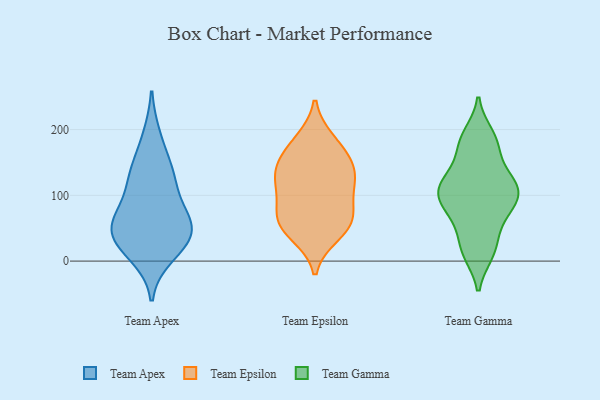
{"axis": {"x": "Revenue (USD Million)", "y": "Value"}, "legend": ["Team Apex", "Team Epsilon", "Team Gamma"], "data": [{"x": "", "y": 31, "type": "Team Apex"}, {"x": "", "y": 35, "type": "Team Apex"}, {"x": "", "y": 188, "type": "Team Apex"}, {"x": "", "y": 122, "type": "Team Apex"}, {"x": "", "y": 130, "type": "Team Apex"}, {"x": "", "y": 138, "type": "Team Apex"}, {"x": "", "y": 34, "type": "Team Apex"}, {"x": "", "y": 78, "type": "Team Apex"}, {"x": "", "y": 50, "type": "Team Apex"}, {"x": "", "y": 59, "type": "Team Apex"}, {"x": "", "y": 10, "type": "Team Apex"}, {"x": "", "y": 66, "type": "Team Apex"}, {"x": "", "y": 152, "type": "Team Epsilon"}, {"x": "", "y": 175, "type": "Team Epsilon"}, {"x": "", "y": 52, "type": "Team Epsilon"}, {"x": "", "y": 132, "type": "Team Epsilon"}, {"x": "", "y": 142, "type": "Team Epsilon"}, {"x": "", "y": 57, "type": "Team Epsilon"}, {"x": "", "y": 74, "type": "Team Epsilon"}, {"x": "", "y": 41, "type": "Team Epsilon"}, {"x": "", "y": 64, "type": "Team Epsilon"}, {"x": "", "y": 116, "type": "Team Epsilon"}, {"x": "", "y": 125, "type": "Team Epsilon"}, {"x": "", "y": 183, "type": "Team Epsilon"}, {"x": "", "y": 96, "type": "Team Epsilon"}, {"x": "", "y": 85, "type": "Team Gamma"}, {"x": "", "y": 183, "type": "Team Gamma"}, {"x": "", "y": 111, "type": "Team Gamma"}, {"x": "", "y": 134, "type": "Team Gamma"}, {"x": "", "y": 51, "type": "Team Gamma"}, {"x": "", "y": 83, "type": "Team Gamma"}, {"x": "", "y": 181, "type": "Team Gamma"}, {"x": "", "y": 12, "type": "Team Gamma"}, {"x": "", "y": 94, "type": "Team Gamma"}, {"x": "", "y": 125, "type": "Team Gamma"}, {"x": "", "y": 94, "type": "Team Gamma"}, {"x": "", "y": 120, "type": "Team Gamma"}, {"x": "", "y": 13, "type": "Team Gamma"}, {"x": "", "y": 192, "type": "Team Gamma"}, {"x": "", "y": 109, "type": "Team Gamma"}, {"x": "", "y": 108, "type": "Team Gamma"}, {"x": "", "y": 165, "type": "Team Gamma"}, {"x": "", "y": 61, "type": "Team Gamma"}, {"x": "", "y": 21, "type": "Team Gamma"}]}